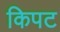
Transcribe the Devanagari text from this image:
किपट